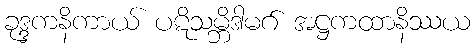
ခုဒ္ဒကနိကာယ် ပဋိသမ္ဘိဒါမဂ် အဋ္ဌကထာနိဿယ